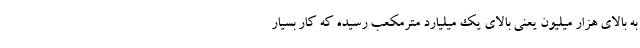
به بالای هزار میلیون یعنی بالای یک میلیارد مترمکعب رسیده که کار بسیار